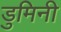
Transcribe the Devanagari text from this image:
डुमिनी